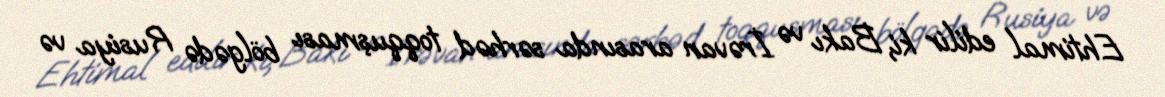
Ehtimal edilir ki, Bakı və İrəvan arasında sərhəd toqquşması bölgədə Rusiya və